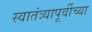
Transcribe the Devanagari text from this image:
स्वातंत्र्यापूर्वीच्या